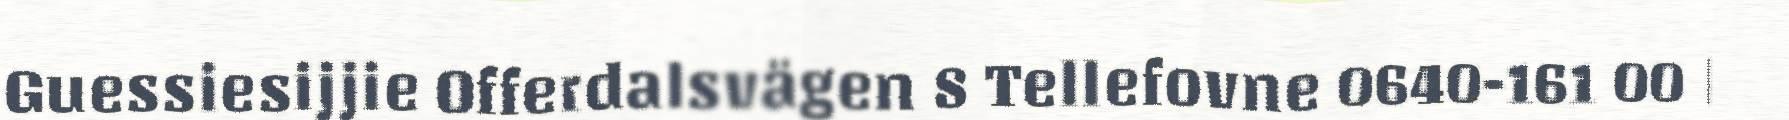
Guessiesijjie Offerdalsvägen 8 Tellefovne 0640-161 00 |